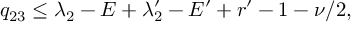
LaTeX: q _ { 2 3 } \le \lambda _ { 2 } - E + \lambda _ { 2 } ^ { \prime } - E ^ { \prime } + r ^ { \prime } - 1 - \nu / 2 ,